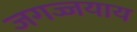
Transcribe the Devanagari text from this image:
जगज्जयाय